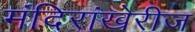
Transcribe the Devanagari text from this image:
मंदिरांखेरीज